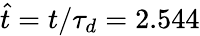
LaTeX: \hat{t}=t/\tau_{d}=2.544